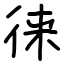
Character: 徕